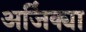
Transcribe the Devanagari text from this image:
अजिंक्या